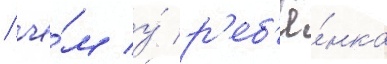
/ че́м у́ р'еб'ё́нка